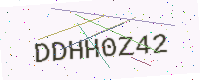
Text: DDHH0Z42